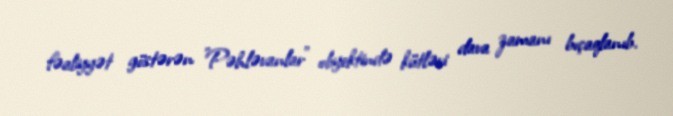
fəaliyyət göstərən "Pəhləvanlar" obyektində kütləvi dava zamanı bıçaqlanıb.